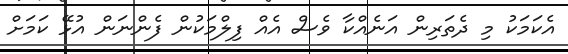
އެކަމަކު މި ދެތަރިން އަނެއްކާ ވެސް އެއް ފިލްމަކުން ފެންނަން އުޅޭ ކަމަށް